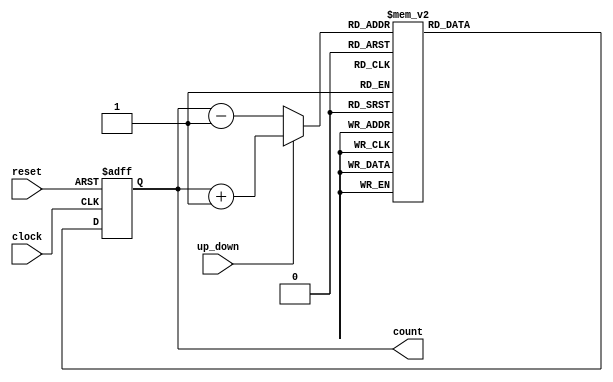
module gray_counter (
    input clock,
    input reset,
    input up_down,
    output reg [3:0] count
);

reg [3:0] next_count;

always @(posedge clock or posedge reset) begin
    if (reset) begin
        count <= 4'b0000;
    end else begin
        if (up_down) begin
            next_count = count + 1;
        end else begin
            next_count = count - 1;
        end
        
        case (next_count)
            4'b0000: count <= 4'b0000;
            4'b0001: count <= 4'b0001;
            4'b0011: count <= 4'b0010;
            4'b0010: count <= 4'b0011;
            4'b0110: count <= 4'b0100;
            4'b0111: count <= 4'b0101;
            4'b0101: count <= 4'b0110;
            4'b0100: count <= 4'b0111;
            4'b1100: count <= 4'b1000;
            4'b1101: count <= 4'b1001;
            4'b1111: count <= 4'b1010;
            4'b1110: count <= 4'b1011;
            4'b1010: count <= 4'b1100;
            4'b1011: count <= 4'b1101;
            4'b1001: count <= 4'b1110;
            4'b1000: count <= 4'b1111;
            default: count <= 4'bxxxx;
        endcase
    end
end

endmodule